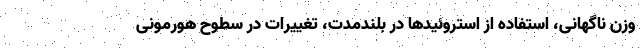
وزن ناگهانی، استفاده از استروئیدها در بلندمدت، تغییرات در سطوح هورمونی